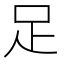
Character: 足